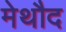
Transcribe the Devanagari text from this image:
मेथौद